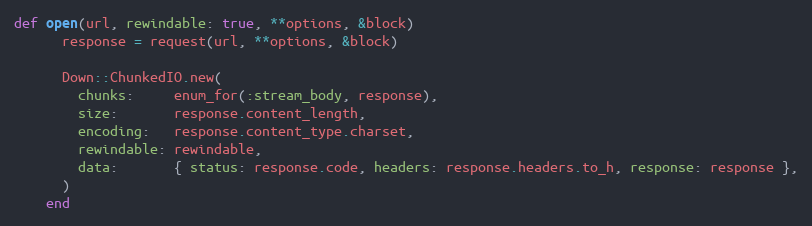
Language: Ruby
def open(url, rewindable: true, **options, &block)
      response = request(url, **options, &block)

      Down::ChunkedIO.new(
        chunks:     enum_for(:stream_body, response),
        size:       response.content_length,
        encoding:   response.content_type.charset,
        rewindable: rewindable,
        data:       { status: response.code, headers: response.headers.to_h, response: response },
      )
    end